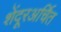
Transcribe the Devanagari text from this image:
शेंदूरअर्चित